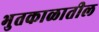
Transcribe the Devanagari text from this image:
भुतकाळातील